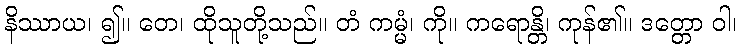
နိဿာယ၊ ၍။ တေ၊ ထိုသူတို့သည်။ တံ ကမ္မံ၊ ကို။ ကရောန္တိ၊ ကုန်၏။ ဒတ္တော ဝါ၊